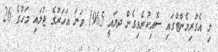
މި އެގްރިމެންޓްގައި ސޮއިކުރެވިގެން ދޔައީ 1965 ވަނަ އަހަރުގެ ޖުލައި މަހުގެ 26